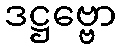
ဒဋ္ဌဗ္ဗော